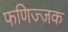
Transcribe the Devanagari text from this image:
फणिज्जक